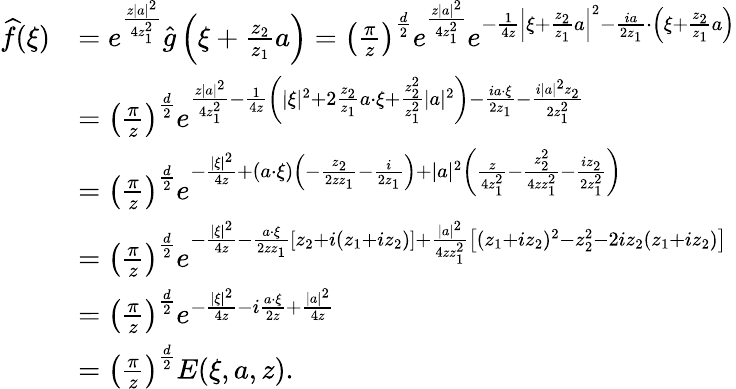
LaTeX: \begin{array}{rl}{\widehat{f}(\xi)}&{=e^{\frac{z|a|^{2}}{4z_{1}^{2}}}\hat{g}\left(\xi+\frac{z_{2}}{z_{1}}a\right)=\left(\frac{\pi}{z}\right)^{\frac{d}{2}}e^{\frac{z|a|^{2}}{4z_{1}^{2}}}e^{-\frac{1}{4z}\left|\xi+\frac{z_{2}}{z_{1}}a\right|^{2}-\frac{ia}{2z_{1}}\cdot\left(\xi+\frac{z_{2}}{z_{1}}a\right)}}\\ &{=\left(\frac{\pi}{z}\right)^{\frac{d}{2}}e^{\frac{z|a|^{2}}{4z_{1}^{2}}-\frac{1}{4z}\left(|\xi|^{2}+2\frac{z_{2}}{z_{1}}a\cdot\xi+\frac{z_{2}^{2}}{z_{1}^{2}}|a|^{2}\right)-\frac{ia\cdot\xi}{2z_{1}}-\frac{i|a|^{2}z_{2}}{2z_{1}^{2}}}}\\ &{=\left(\frac{\pi}{z}\right)^{\frac{d}{2}}e^{-\frac{|\xi|^{2}}{4z}+(a\cdot\xi)\left(-\frac{z_{2}}{2zz_{1}}-\frac{i}{2z_{1}}\right)+|a|^{2}\left(\frac{z}{4z_{1}^{2}}-\frac{z_{2}^{2}}{4zz_{1}^{2}}-\frac{iz_{2}}{2z_{1}^{2}}\right)}}\\ &{=\left(\frac{\pi}{z}\right)^{\frac{d}{2}}e^{-\frac{|\xi|^{2}}{4z}-\frac{a\cdot\xi}{2zz_{1}}\left[z_{2}+i(z_{1}+iz_{2})\right]+\frac{|a|^{2}}{4zz_{1}^{2}}\left[(z_{1}+iz_{2})^{2}-z_{2}^{2}-2iz_{2}(z_{1}+iz_{2})\right]}}\\ &{=\left(\frac{\pi}{z}\right)^{\frac{d}{2}}e^{-\frac{|\xi|^{2}}{4z}-i\frac{a\cdot\xi}{2z}+\frac{|a|^{2}}{4z}}}\\ &{=\left(\frac{\pi}{z}\right)^{\frac{d}{2}}E(\xi,a,z).}\end{array}